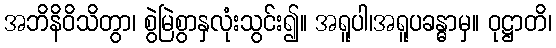
အဘိနိဝိသိတွာ၊ စွဲမြဲစွာနှလုံးသွင်း၍။ အရူပါ၊အရူပခန္ဓာမှ။ ဝုဋ္ဌာတိ၊